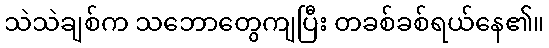
သဲသဲချစ်က သဘောတွေကျပြီး တခစ်ခစ်ရယ်နေ၏။